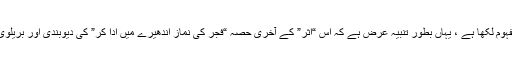
مولوی عبدالحئی لکھنوی نے التعلیق الممجد (ص ۴۱ حاشیہ۹) میں اس موقوف اثر کا یہی مفہوم لکھا ہے ، یہاں بطورِ تنبیہ عرض ہے کہ اس “اثر” کے آخری حصہ “فجر کی نماز اندھیرے میں ادا کر” کی دیوبندی اور بریلوی دونوں فریق مخالفت کرتے ہیں، کیونکہ یہ حصہ ان کے مذہب سے مطابقت نہیں رکھتا ۔